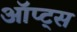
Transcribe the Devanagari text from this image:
ऑप्ट्स